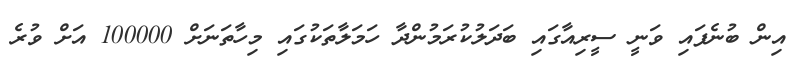
އިން ބުނެފައި ވަނީ ސީރިއާގައި ބަދަލުކުރަމުންދާ ހަމަލާތަކުގައި މިހާތަނަށް 100000 އަށް ވުރެ